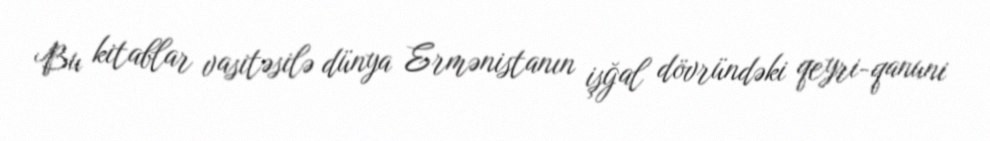
Bu kitablar vasitəsilə dünya Ermənistanın işğal dövründəki qeyri-qanuni